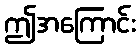
ဤအကြောင်း